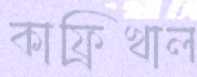
কাফ্রিখাল